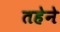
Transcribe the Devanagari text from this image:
तहेने